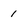
Character: 1